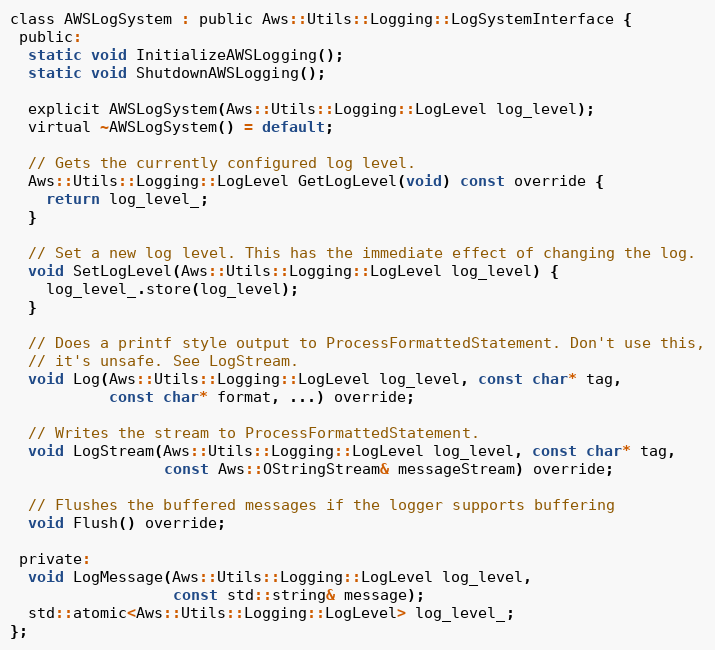
Language: C
class AWSLogSystem : public Aws::Utils::Logging::LogSystemInterface {
 public:
  static void InitializeAWSLogging();
  static void ShutdownAWSLogging();

  explicit AWSLogSystem(Aws::Utils::Logging::LogLevel log_level);
  virtual ~AWSLogSystem() = default;

  // Gets the currently configured log level.
  Aws::Utils::Logging::LogLevel GetLogLevel(void) const override {
    return log_level_;
  }

  // Set a new log level. This has the immediate effect of changing the log.
  void SetLogLevel(Aws::Utils::Logging::LogLevel log_level) {
    log_level_.store(log_level);
  }

  // Does a printf style output to ProcessFormattedStatement. Don't use this,
  // it's unsafe. See LogStream.
  void Log(Aws::Utils::Logging::LogLevel log_level, const char* tag,
           const char* format, ...) override;

  // Writes the stream to ProcessFormattedStatement.
  void LogStream(Aws::Utils::Logging::LogLevel log_level, const char* tag,
                 const Aws::OStringStream& messageStream) override;

  // Flushes the buffered messages if the logger supports buffering
  void Flush() override;

 private:
  void LogMessage(Aws::Utils::Logging::LogLevel log_level,
                  const std::string& message);
  std::atomic<Aws::Utils::Logging::LogLevel> log_level_;
};